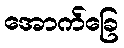
အောက်ခြေ